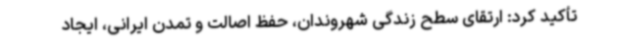
تأکید کرد: ارتقای سطح زندگی شهروندان، حفظ اصالت و تمدن ایرانی، ایجاد